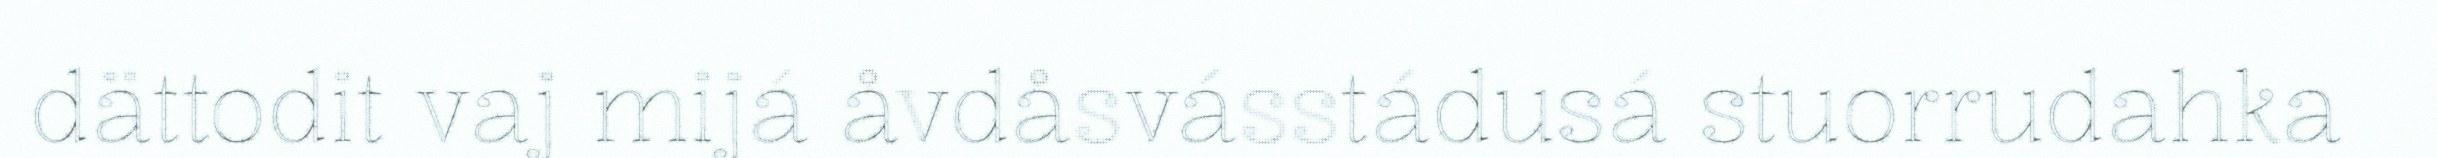
dättodit vaj mijá åvdåsvásstádusá stuorrudahka